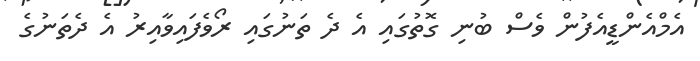
އެމްއެންޑީއެފުން ވެސް ބުނި ގޮތުގައި އެ ދެ ތަނުގައި ރޯވެފައިވާއިރު އެ ދެތަނުގެ